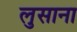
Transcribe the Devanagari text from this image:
लुसाना